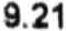
9.21